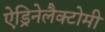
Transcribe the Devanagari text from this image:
ऐड्रिनेलैक्टोमी